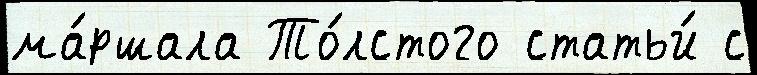
ма́ршала То́лстого статьи́ с